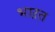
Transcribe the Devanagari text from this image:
भाऱत